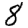
Digit: 8